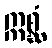
ဣစ္ဆံ